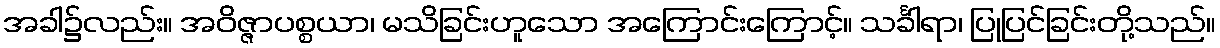
အခါ၌လည်း။ အဝိဇ္ဇာပစ္စယာ၊ မသိခြင်းဟူသော အကြောင်းကြောင့်။ သင်္ခါရာ၊ ပြုပြင်ခြင်းတို့သည်။